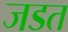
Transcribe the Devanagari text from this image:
जडत